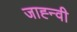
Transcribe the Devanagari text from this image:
जाह्न्वी